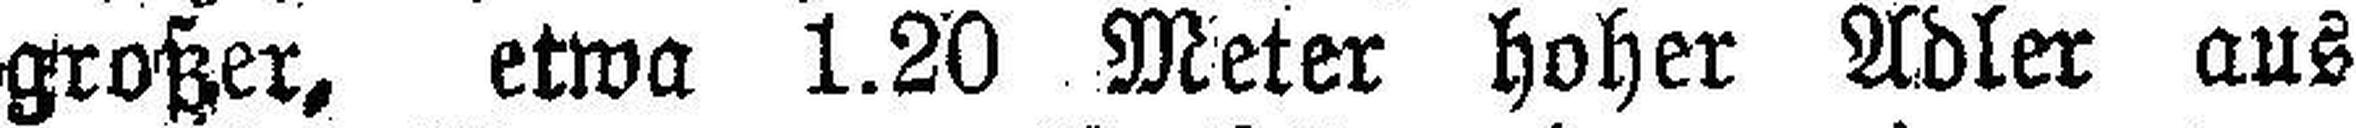
großer, etwa 1.20 Meter hoher Adler aus